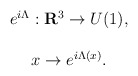
\begin{align*}\begin{array}{c}e^{i\Lambda }:{\bf R}^3\rightarrow U(1), \\ \\x\rightarrow e^{i\Lambda (x)}.\end{array}\end{align*}